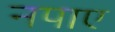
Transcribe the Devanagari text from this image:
नपाए